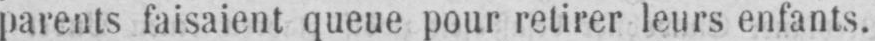
parents faisaient queue pour retirer leurs enfants.